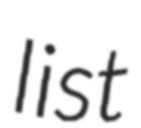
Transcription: list